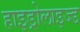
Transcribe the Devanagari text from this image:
हाइड्रोलाइज्ड